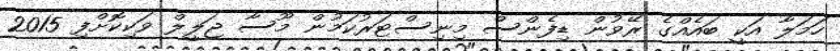
ހަމަލާ އަކީ ބައެއްގެ ރޭވުން ޑިފެންސް މިނިސްޓަރުކަމުން މޫސާ ޖަލީލް ވަކިކޮށްފި 2015